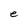
Character: e